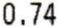
0.74